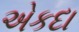
એકદા